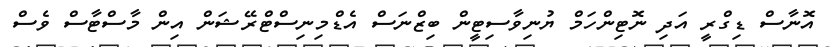
އޮނާސް ޑިގްރީ އަދި ނޮޓިންހަމް ޔުނިވާސިޓީން ބިޒްނަސް އެޑްމިނިސްޓްރޭޝަން އިން މާސްޓާސް ވެސް